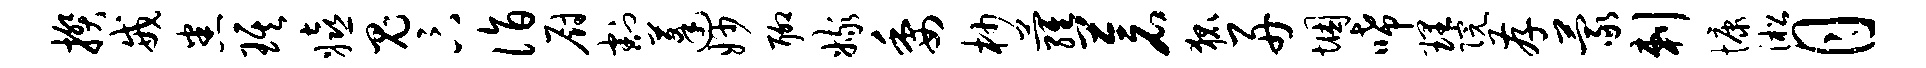
揆戒悉琪嬉鬼卞诣厨割蓬妙聊嫁委杪萝苍狐舟悃唏理院存蒙剌慷淞月